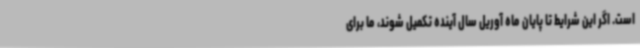
است. اگر این شرایط تا پایان ماه آوریل سال آینده تکمیل شوند، ما برای